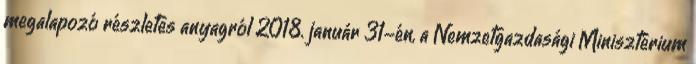
megalapozó részletes anyagról 2018. január 31-én, a Nemzetgazdasági Minisztérium